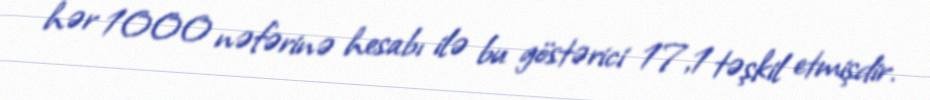
hər 1000 nəfərinə hesabı ilə bu göstərici 17,1 təşkil etmişdir.